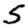
Digit: 5